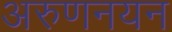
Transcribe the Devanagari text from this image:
अरुणनयन